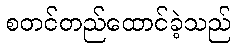
စတင်တည်ထောင်ခဲ့သည်